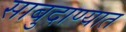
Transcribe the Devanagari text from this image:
साबुदाण्यात